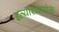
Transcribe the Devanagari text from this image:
इत्याशंक्योक्तं